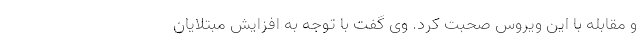
و مقابله با این ویروس صحبت کرد. وی گفت با توجه به افزایش مبتلایان